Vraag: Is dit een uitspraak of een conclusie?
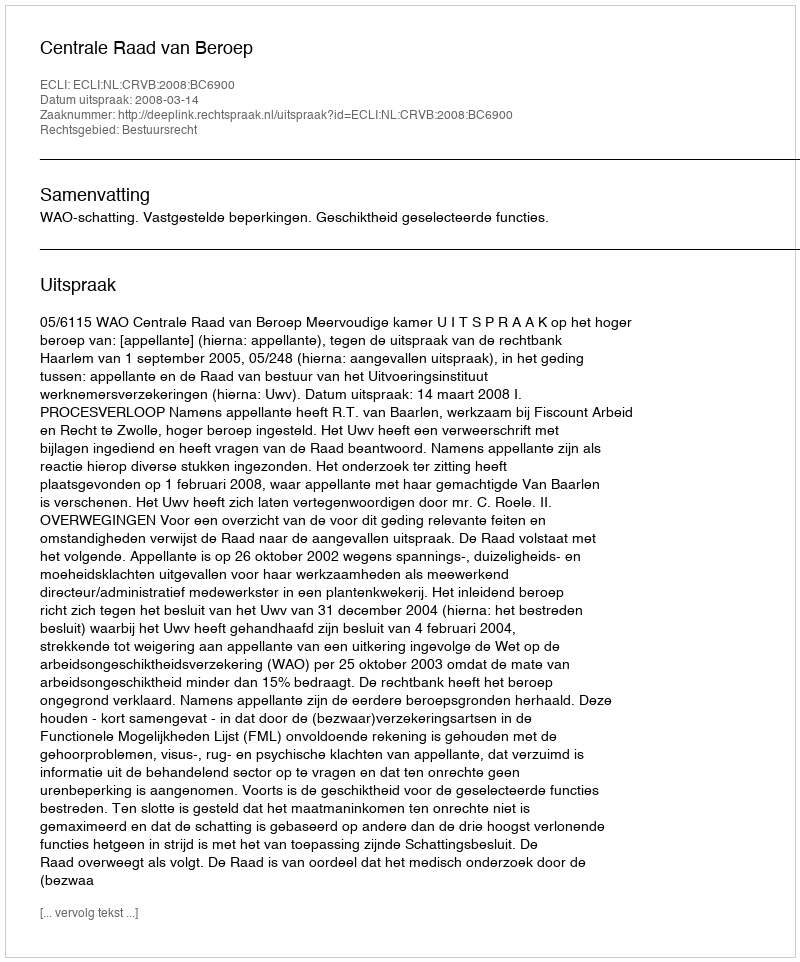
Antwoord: Uitspraak